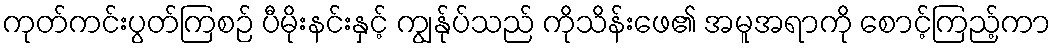
ကုတ်ကင်းပွတ်ကြစဉ် ပီမိုးနင်းနှင့် ကျွန်ုပ်သည် ကိုသိန်းဖေ၏ အမူအရာကို စောင့်ကြည့်ကာ